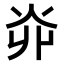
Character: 𤆽